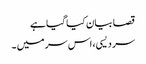
قصا بیان کیا گیا ہے
سر دیسی، اس سر میں ۔